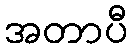
အတာပီ